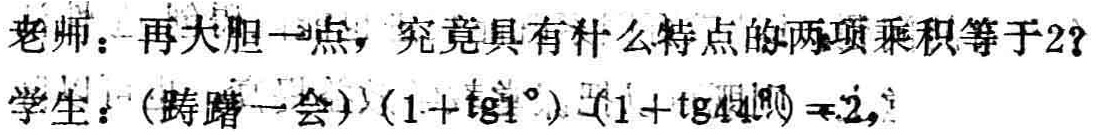
老师：再大胆一点，究竟具有什么特点的两项乘积等于2？
学生：(踌躇一会) \((1 + \text{tg}1^{\circ})(1 + \text{tg}44^{\circ}) = 2\)，